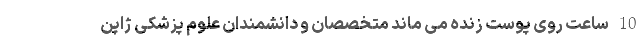
10 ساعت روی پوست زنده می ماند متخصصان و دانشمندان علوم پزشکی ژاپن